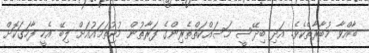
ބާއްވާ މުބާރާތެކެވެ. އަދި ބިދޭސީ މަސައްކަތްތެރިންގެ ފަރާތުން މުޖުތަމައުއަށް ލިބޭ އެހީ ފާހަގަކޮށް